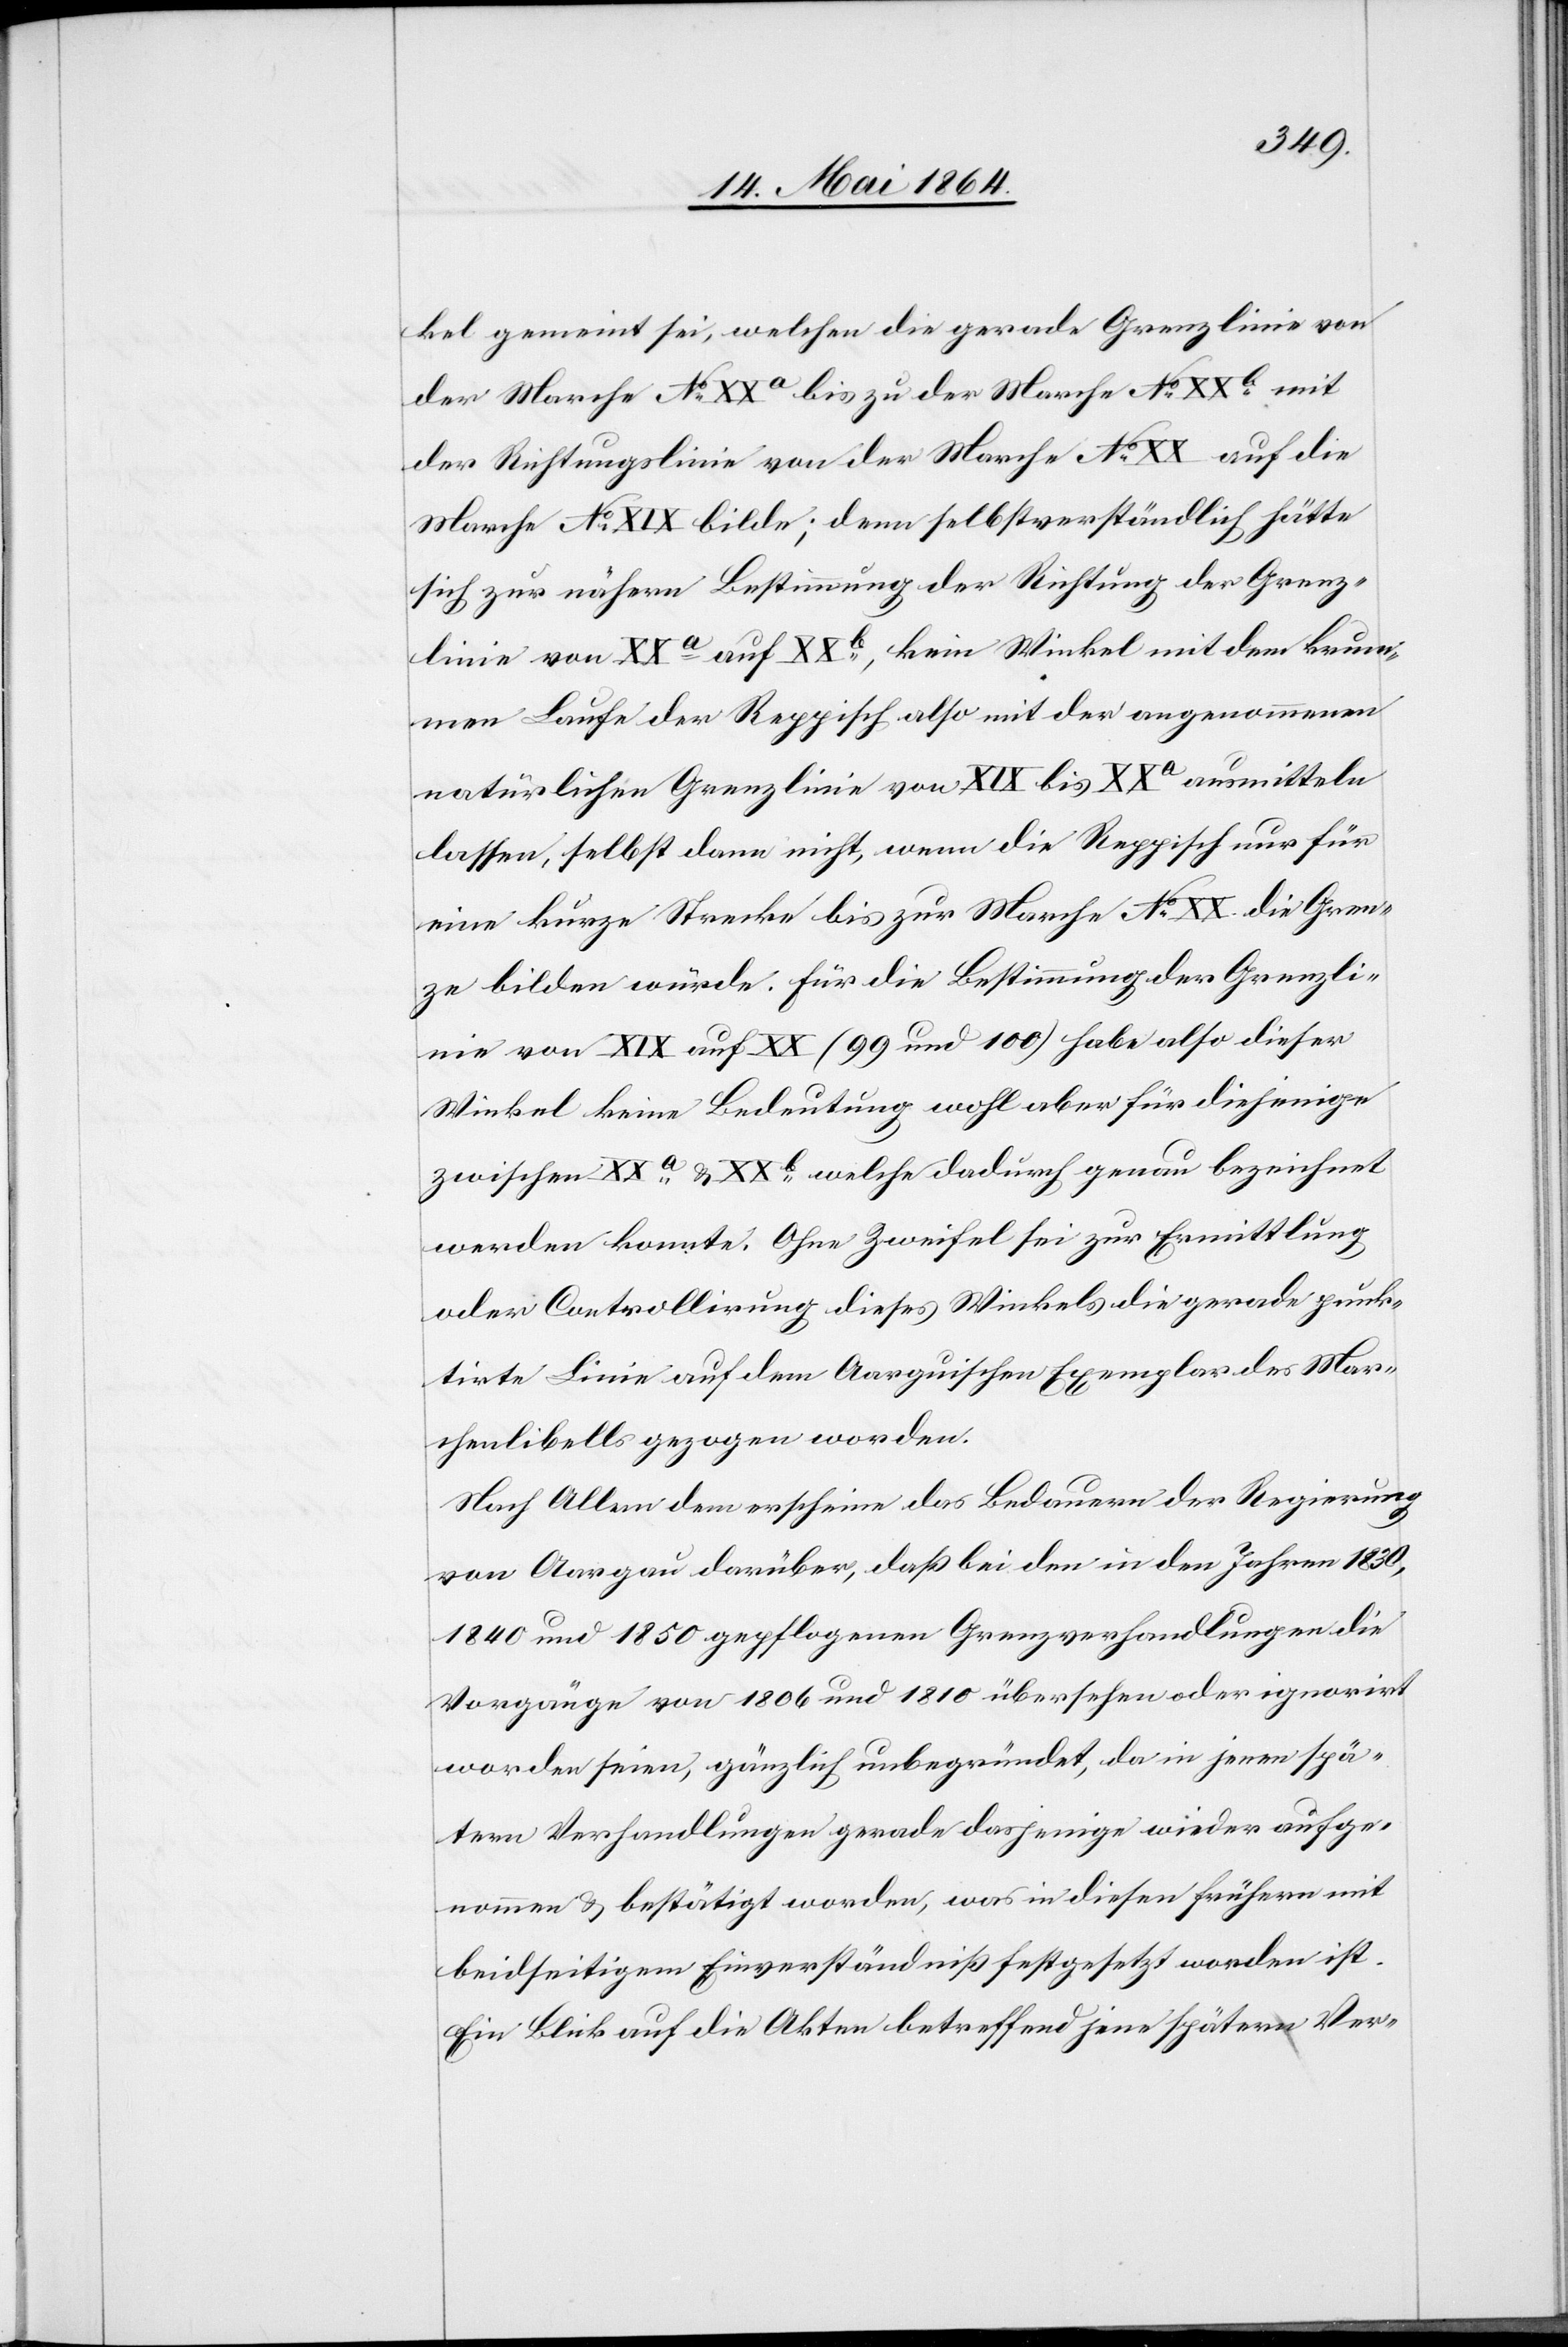
kel gemeint sei, welchen die gerade Grenzlinie von
der Marche No XXa bis zu der Marche No XXb mit
der Richtungslinie von der Marche No XX auf die
Marche No XIX bilde; denn selbstverständlich hätte
sich zur nähern Bestimmung der Richtung der Grenz¬
linie von XXa auf XXb, kein Winkel mit dem krum¬
men Laufe der Reppisch also mit den angenommenen
natürlichen Grenzlinie von XIX bis XXa ausmitteln
lassen, selbst dann nicht, wenn die Reppisch nur für
eine kurze Strecke bis zur Marche No XX die Gren¬
ze bilden würde. Für die Bestimmung der Grenzli¬
nie von XIX auf XX (99 und 100) habe also dieser
Winkel keine Bedeutung wohl aber für diejenige
zwischen XXa und XXb welche dadurch genau bezeichnet
werden konnte. Ohne Zweifel sei zur Ermittlung
oder Controllirung dieses Winkels die gerade punk¬
tirte Linie auf dem Aargauischen Exemplar des Mar¬
chenlibells gezogen worden.
Nach Allem dem erscheine das Bedauern der Regierung
von Aargau darüber, daß bei den in den Jahren 1830,
1840 und 1850 gepflogenen Grenzverhandlungen die
Vorgänge von 1806 und 1810 übersehen oder ignorirt
worden seien, gänzlich unbegründet, da in jenen spä¬
tern Verhandlungen gerade dasjenige wieder aufge¬
nommen u. bestätigt worden, was in diesen frühern mit
beidseitigem Einverständniß festgesetzt worden ist.
Ein Blick auf die Akten betreffend jene spätern Ver-